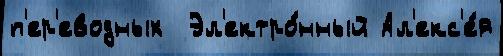
п'ер'еводных  Эл'ектро́нный Ал'екс'е́я